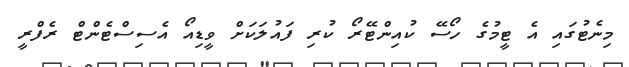
މިނެޓުގައި އެ ޓީމުގެ ހޯސޭ ކުއިންޓޭރޯ ކުރި ފައުލަކަށް ވީޑިއޯ އެސިސްޓެންޓް ރެފްރީ